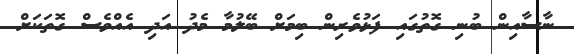
ނާސާއިން ބުނި ގޮތުގައި ފަޅުވެރިން ބިމަށް ބޭލުމާ މެދު އަދި އެއްވެސް ގޮތަކަށް